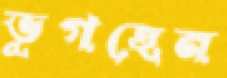
ভূগছেন